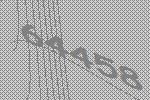
64458